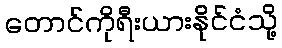
တောင်ကိုရီးယားနိုင်ငံသို့